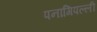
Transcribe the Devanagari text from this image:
पनागिपल्ली